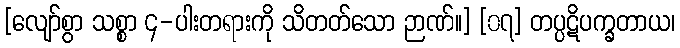
[လျော်စွာ သစ္စာ ၄-ပါးတရားကို သိတတ်သော ဉာဏ်။] [၀၇] တပ္ပဋိပက္ခတာယ၊